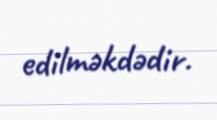
edilməkdədir.